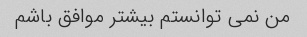
من نمی توانستم بیشتر موافق باشم